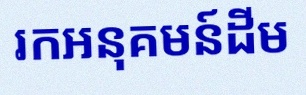
រកអនុគមន៍ដើម